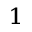
^ 1